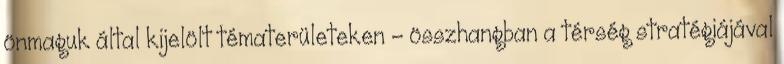
önmaguk által kijelölt tématerületeken - összhangban a térség stratégiájával